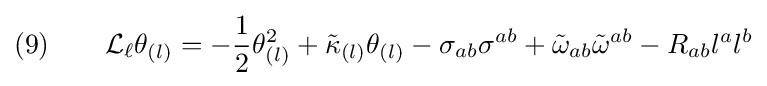
(9)\qquad {\mathcal {L}}_{\ell }\theta _{(l)}=-{\frac {1}{2}}\theta _{(l)}^{2}+{\tilde {\kappa }}_{(l)}\theta _{(l)}-\sigma _{ab}\sigma ^{ab}+{\tilde {\omega }}_{ab}{\tilde {\omega }}^{ab}-R_{ab}l^{a}l^{b}